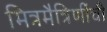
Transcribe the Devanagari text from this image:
मित्रमैत्रिणींची